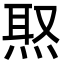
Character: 焣